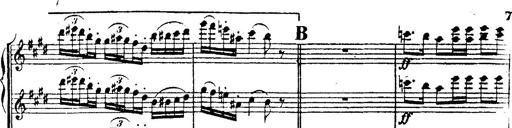
Title: 2 Polonaises
Composer: Franz Liszt